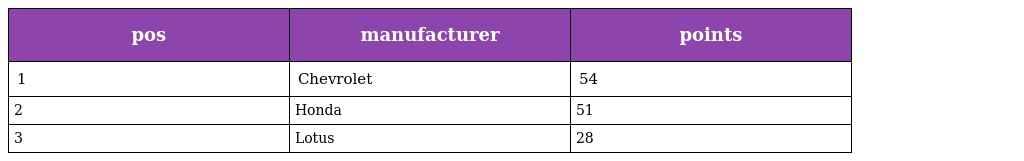
| pos | manufacturer | points |
 | --- | --- | --- |
 | 1 | Chevrolet | 54 |
 | 2 | Honda | 51 |
 | 3 | Lotus | 28 |